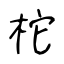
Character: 柁